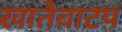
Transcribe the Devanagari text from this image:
खातेवाटप